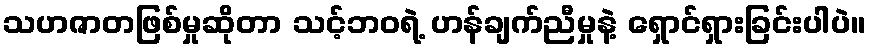
သဟဇာတဖြစ်မှုဆိုတာ သင့်ဘဝရဲ့ ဟန်ချက်ညီမှုနဲ့ ရှောင်ရှားခြင်းပါပဲ။